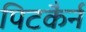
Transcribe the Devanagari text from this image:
पिटकैर्न